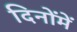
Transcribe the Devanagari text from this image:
दिनोंमें